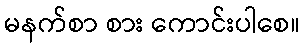
မနက်စာ စား ကောင်းပါစေ။